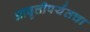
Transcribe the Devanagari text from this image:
आवृत्तीपर्यंतचा